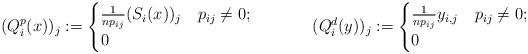
LaTeX: \begin{align*}(Q_i^p(x))_j := \begin{cases} \frac{1}{np_{ij}}(S_i(x))_j & p_{ij} \neq 0;\\0 & \end{cases} && && \qquad(Q_i^d(y))_j := \begin{cases} \frac{1}{np_{ij}}y_{i,j} & p_{ij} \neq 0;\\0 & \end{cases}\end{align*}